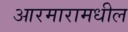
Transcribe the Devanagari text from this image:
आरमारामधील